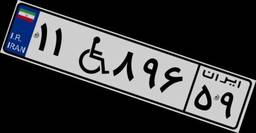
۶۲W۲۶۰۵۲